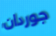
جوردان